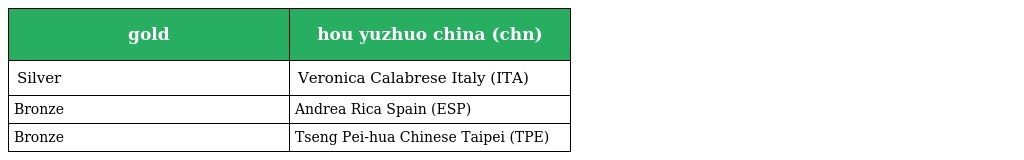
| gold | hou yuzhuo china (chn) |
 | --- | --- |
 | Silver | Veronica Calabrese Italy (ITA) |
 | Bronze | Andrea Rica Spain (ESP) |
 | Bronze | Tseng Pei-hua Chinese Taipei (TPE) |